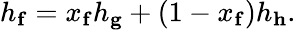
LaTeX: h_{\mathbf{f}}=x_{\mathbf{f}}h_{\mathbf{g}}+(1-x_{\mathbf{f}})h_{\mathbf{h}}.